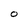
Character: O